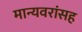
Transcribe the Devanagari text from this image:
मान्यवरांसह